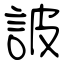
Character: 詖